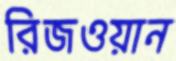
রিজওয়ান